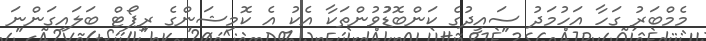
މެމްބަރު ގަހާ އަހުމަދު ސައީދުގެ ކަންބޮޑުުވުންތަކާ އެކު އެ ކޮމިޝަންގެ ރިޕޯޓް ބަލައިގަންނަ